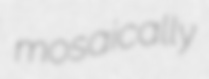
mosaically